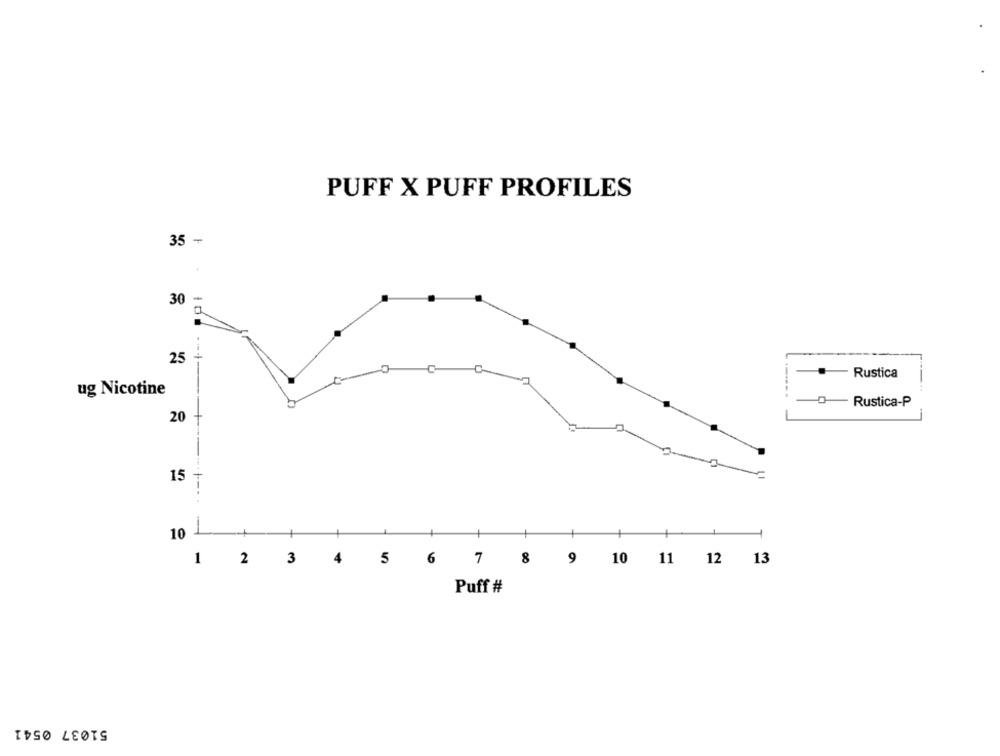
PUFF X PUFF PROFILES
35 -
30
25
Rustica
ug Nicotine
-------
Rustica-P
20
15
10
1 2 3 4 5 6 7 8 9 10 11 12 13
Puff #
51037 0541